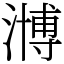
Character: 𣽡